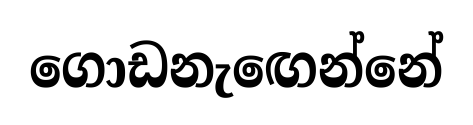
ගොඩනැඟෙන්නේ